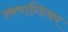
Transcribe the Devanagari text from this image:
स्क्यान्डियम